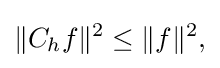
\displaystyle {\|C_{h}f\|^{2}\leq \|f\|^{2},}